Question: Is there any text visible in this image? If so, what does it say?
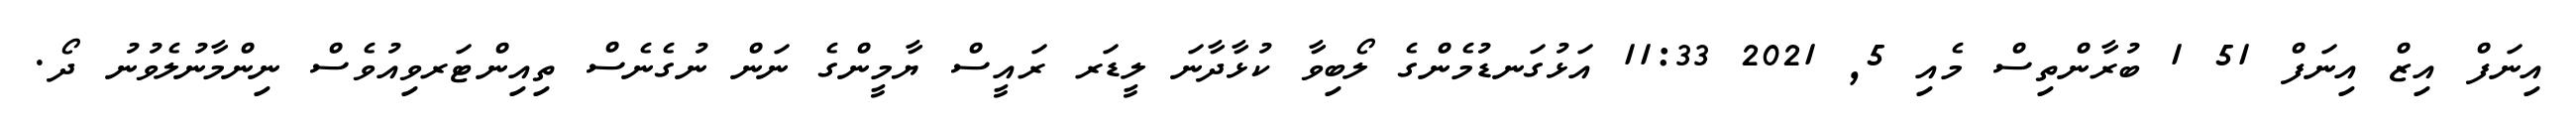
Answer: އިނަފް އިޒް އިނަފް 51 1 ބުރާންތިސް މެއި 5, 2021 11:33 އަޅުގަނޑުމެންގެ ލޯބިވާ ކުޅާދާނަ ލީޑަރ ރައީސް ޔާމީންގެ ނަން ނުގެނެސް ތިއިންޓަރވިއުވެސް ނިންމާނުލެވުނު ދޯ.